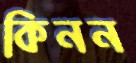
কিনন